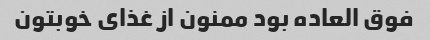
فوق العاده بود ممنون از غذای خوبتون